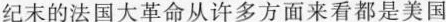
纪末的法国大革命从许多方面来看都是美国